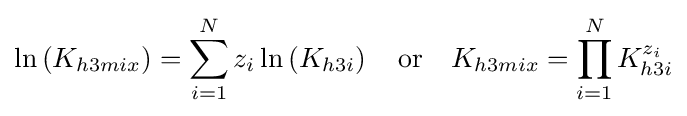
\ln \left(K_{h3mix}\right)=\sum _{i=1}^{N}z_{i}\ln \left(K_{h3i}\right)\quad {\text{or}}\quad K_{h3mix}=\prod _{i=1}^{N}K_{h3i}^{z_{i}}